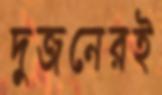
দুজনেরই